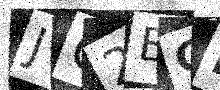
Text: JG2BCD